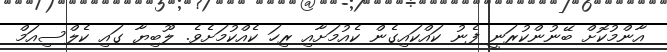
އާންމުކޮށް ބޭނުންކުރަނީ ފެނު ކައްކައިގެން ކެއުމަށާއި ރިހަ ކެއްކުމަށެވެ. ލޫބިޔާ ގައި ކެލްސިއަމް